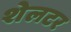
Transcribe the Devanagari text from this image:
शेलटर